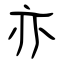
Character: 亦